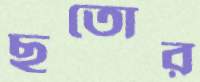
ছুতোর